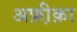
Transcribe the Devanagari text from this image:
अफ़ी़क़ा